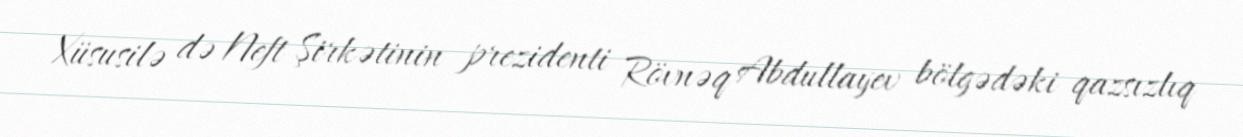
Xüsusilə də Neft Şirkətinin prezidenti Rövnəq Abdullayev bölgədəki qazsızlıq